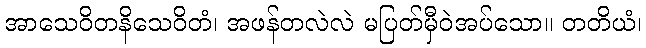
အာသေဝိတနိသေဝိတံ၊ အဖန်တလဲလဲ မပြတ်မှီဝဲအပ်သော။ တတိယံ၊